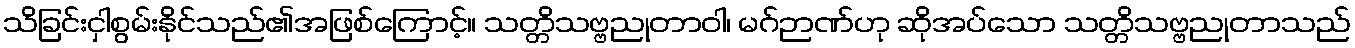
သိခြင်းငှါစွမ်းနိုင်သည်၏အဖြစ်ကြောင့်။ သတ္တိသဗ္ဗညုတာဝါ၊ မဂ်ဉာဏ်ဟု ဆိုအပ်သော သတ္တိသဗ္ဗညုတာသည်